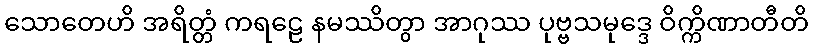
သောတေဟိ အရိတ္တံ ကရဠေ နမဿိတွာ အာဂုဿ ပုဗ္ဗသမုဒ္ဒေ ဝိက္ကိဏာတီတိ